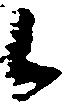
候